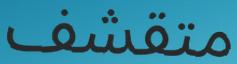
متقشف